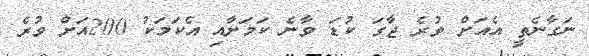
ނަގާނެތީ އެއަށް ވުރެ ޖާގަ ކުޑަ ވާނެ ކަަމަށާއި އެކަމަކު 200އަށް ވުރެ